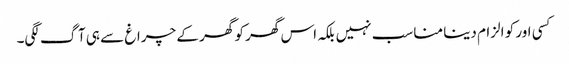
کسی اور کو الزام دینا مناسب نہیں بلکہ اس گھر کو گھر کے چراغ سے ہی آگ لگی۔